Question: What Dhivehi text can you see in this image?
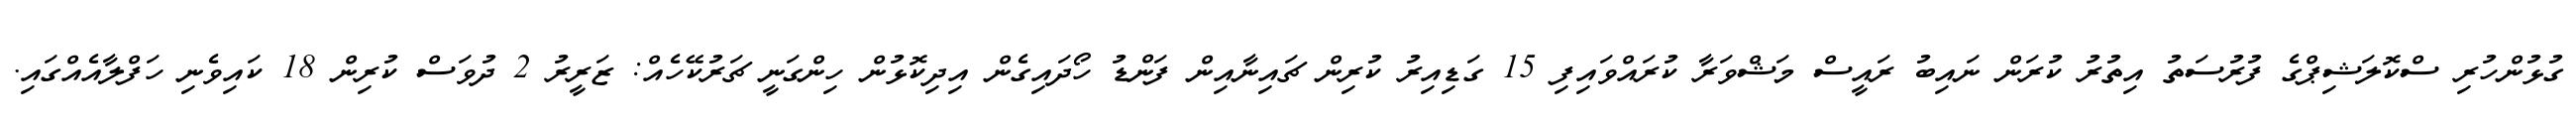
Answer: ގުޅުންހުރި ސްކޮލަޝިޕްގެ ފުރުސަތު އިތުރު ކުރަން ނައިބު ރައީސް މަޝްވަރާ ކުރައްވައިފި 15 ގަޑިއިރު ކުރިން ޗައިނާއިން ފަންޑު ހޯދައިގެން އިދިކޮޅުން ހިންގަނީ ޗަރުކޭހެއް: ޒަރީރު 2 ދުވަސް ކުރިން 18 ކައިވެނި ހަފްލާއެއްގައި.